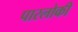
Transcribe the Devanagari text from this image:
पारलोकी